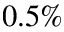
0 . 5 \%